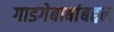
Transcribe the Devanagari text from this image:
गाडगेबाबांबद्दल